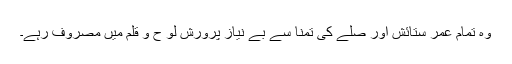
وہ تمام عمر ستائش اور صلے کی تمنا سے بے نیاز پرورش لو ح و قلم میں مصروف رہے۔